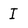
Character: I